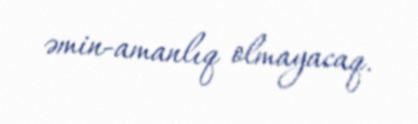
əmin-amanlıq olmayacaq.